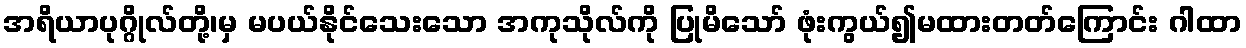
အရိယာပုဂ္ဂိုလ်တို့၊မှ မပယ်နိုင်သေးသော အကုသိုလ်ကို ပြုမိသော် ဖုံးကွယ်၍မထားတတ်ကြောင်း ဂါထာ